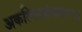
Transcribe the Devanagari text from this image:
अकल्पितग्रंथलाभ२४